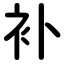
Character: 补